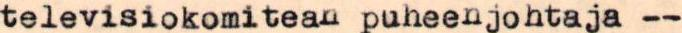
televisiokomitean puheenjohtaja --